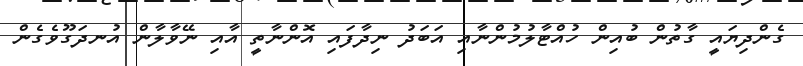
ގެންދިޔައީ ގާތުން ބުއިން ހުއްޓާލުމުންނާއި އަބަދު ނިދާފައި އޮންނާތީ އާއި ނޭވާލާން އުނދަގޫވެގެން